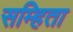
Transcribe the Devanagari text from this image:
सम्हिता